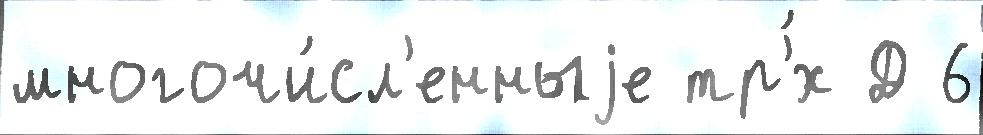
многочи́сл'енныjе тр'́х Д 6